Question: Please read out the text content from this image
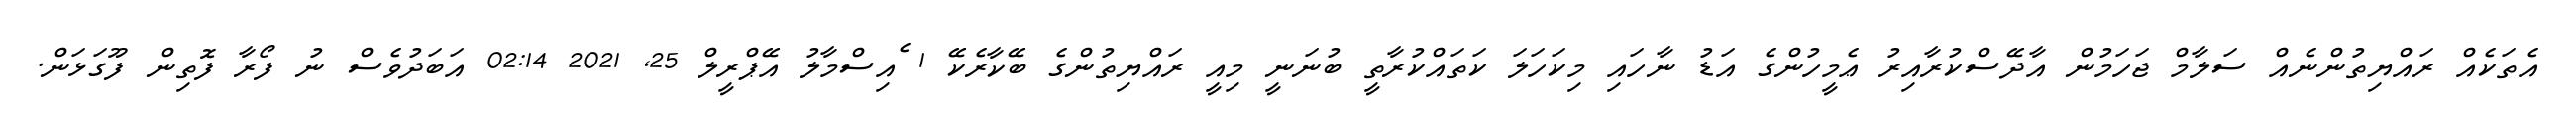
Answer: އެތަކެއް ރައްޔިތުންނެއް ސަލާމް ޖަހަމުން އާދޭސްކުރާއިރު ޢެމީހުންގެ އަޑު ނާހައި މިކަހަލަ ކަތައްކުރާތީ ބުނަނީ މިއީ ރައްޔިތުންގެ ބޭކާރެކޭ 1 ެއިސްމާލު އޭޕްރީލް 25, 2021 02:14 އަބަދުވެސް ނު ފޯރާ ފޮތިން ފޫގަޅަން.